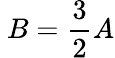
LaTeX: \ B={\frac{3}{2}}A